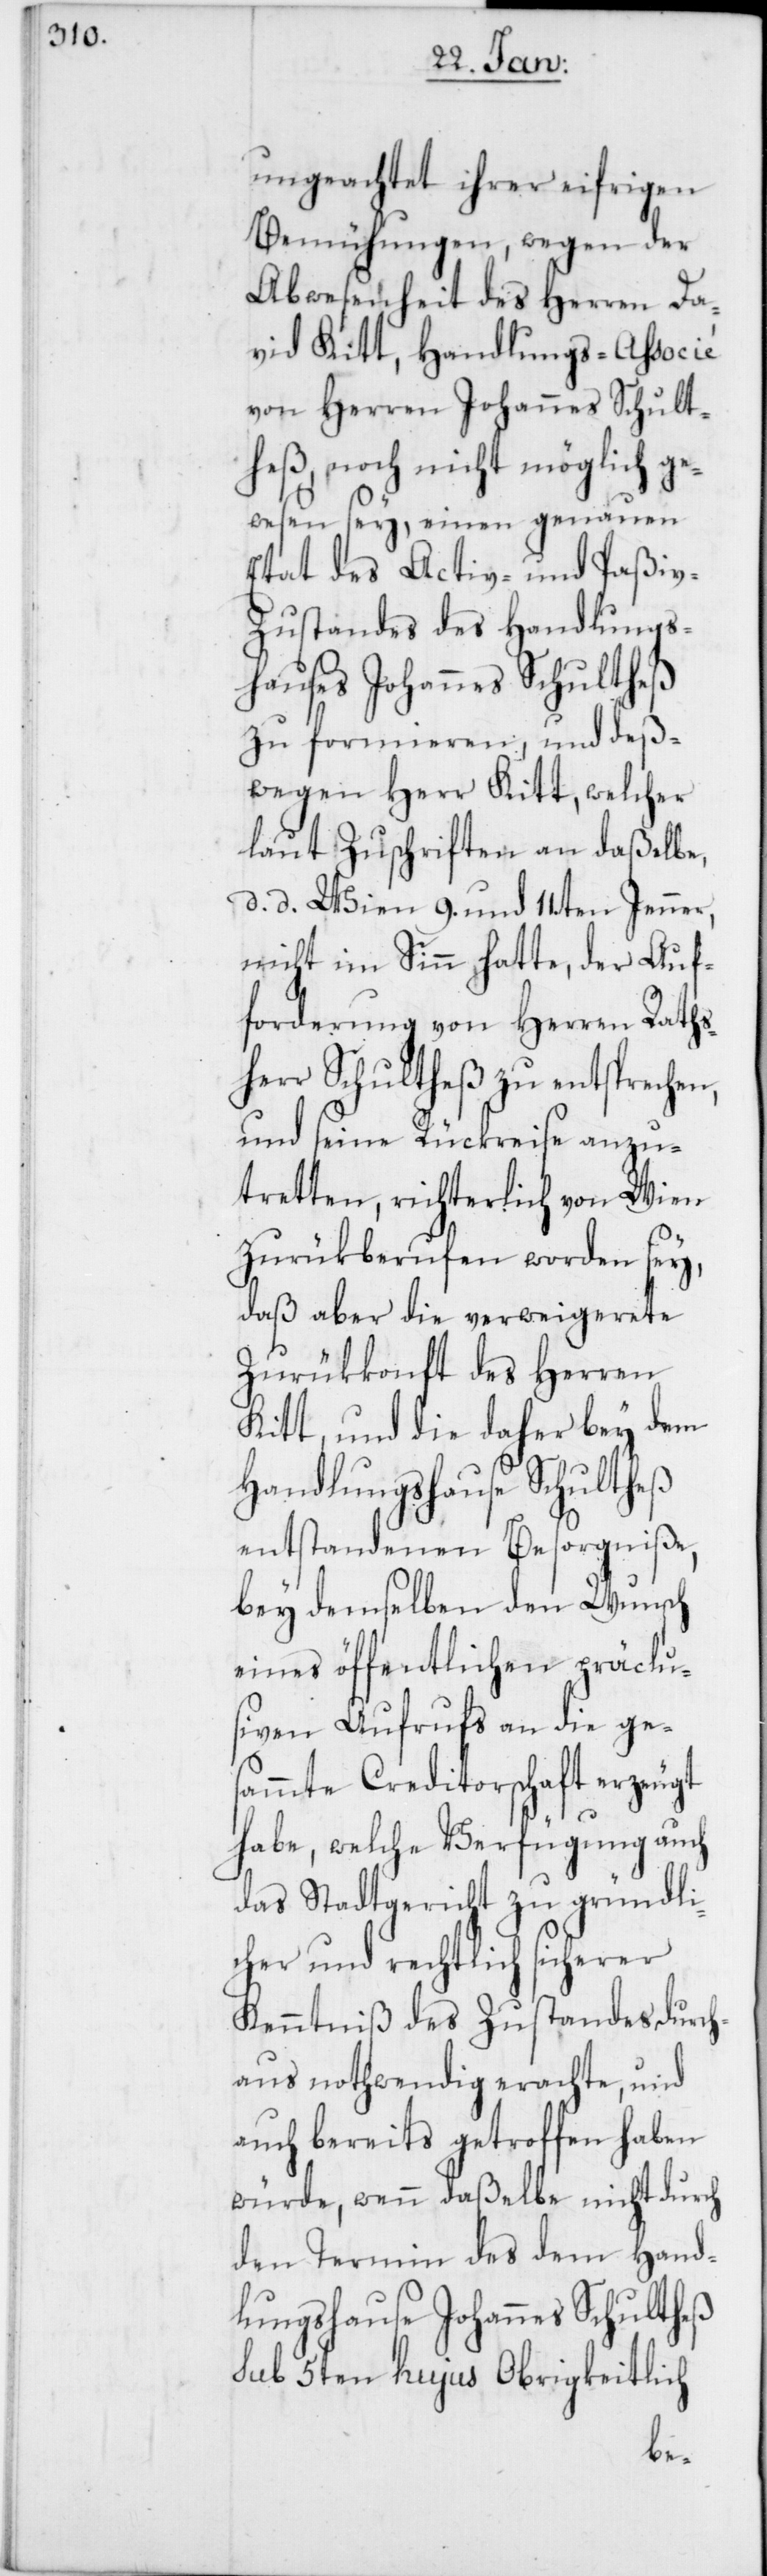
ungeachtet ihrer eifrigen
Bemühungen, wegen der
Abwesenheit des Herren Da¬
vid Kitt, Handlungs-Associé
von Herren Johannes Schult¬
heß, noch nicht möglich ge¬
wesen sey, einen genauen
Etat des Activ- und Paßiv-Z¬
ustandes des Handlungs¬
hauses Johannes Schultheß
zu formieren, und deß¬
wegen Herr Kitt, welcher
laut Zuschriften an daßelbe,
d. d. Wien 9. und 11.ten Jenner,
nicht im Sinn hatte, der Auf¬
forderung von Herren Raths¬
herr Schultheß zu entsprechen,
und seine Rückreise anzu¬
tretten, richterlich von Wien
zurükberufen worden sey,
daß aber die verweigerete
Zurükkonft des Herren
Kitt, und die daher bey dem
Handlungshause Schultheß
entstandenen Besorgniße,
bey demselben den Wunsch
eines öffentlichen präclu¬
siven Aufrufs an die ges¬
ammte Creditorschaft erzeugt
habe, welche Verfügung auch
das Stadtgericht zu gründli¬
cher und rechtlich sicherer
Kenntniß des Zustandes durch¬
aus nothwendig erachte, und
auch bereits getroffen haben
würde, wenn daßelbe nicht durch
den Termin des dem Hand¬
lungshause Johannes Schultheß
sub 5ten hujus Obrigkeitlich